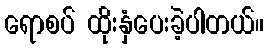
ရောစပ် ထိုးနှံပေးခဲ့ပါတယ်။